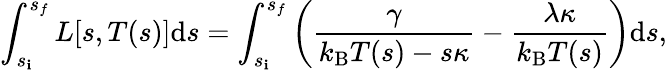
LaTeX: \int_{s_{\mathbf{i}}}^{s_{f}}L[s,T(s)]\mathrm{{d}}s=\int_{s_{\mathbf{i}}}^{s_{f}}\left(\frac{{\gamma}}{{k_{\mathrm{{B}}}T(s)-s\kappa}}-\frac{{\lambda\kappa}}{{k_{\mathrm{{B}}}T(s)}}\right)\textrm{{d}}s,